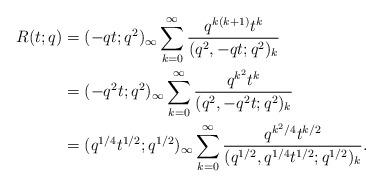
LaTeX: \begin{align*}R(t;q)&=(-qt;q^2)_\infty\sum_{k=0}^\infty\frac{q^{k(k+1)}t^k}{(q^2,-qt;q^2)_k}\\&=(-q^2t;q^2)_\infty\sum_{k=0}^\infty\frac{q^{k^2}t^k}{(q^2,-q^2t;q^2)_k}\\&=(q^{1/4}t^{1/2};q^{1/2})_\infty\sum_{k=0}^\infty\frac{q^{k^2/4}t^{k/2}}{(q^{1/2},q^{1/4}t^{1/2};q^{1/2})_k}.\end{align*}